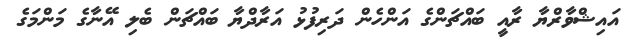
އައިޝްވާރްޔާ ރާއީ ބައްޗަންގެ އަންހެން ދަރިފުޅު އަރާދްޔާ ބައްޗަން ބެލި އޭނާގެ މަންމަގެ